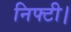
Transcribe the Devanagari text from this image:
निफ्टी।